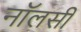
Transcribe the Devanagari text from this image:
नॉलसी